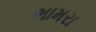
ભામરા